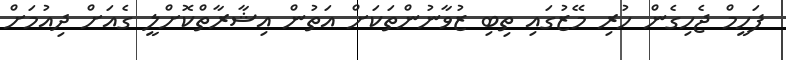
ފަހީމް ޖެހިގެން ހުރި މޭޒުގައި ތިބި ޒުވާނުންތަކަށް އަތުން އިޝާރާތްކޮށްލީ ގެއަށް ދިއުމަށް